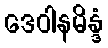
ဒေဝါနမိန္ဒံ